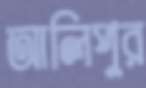
আলিপুর